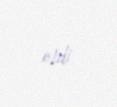
etdi.